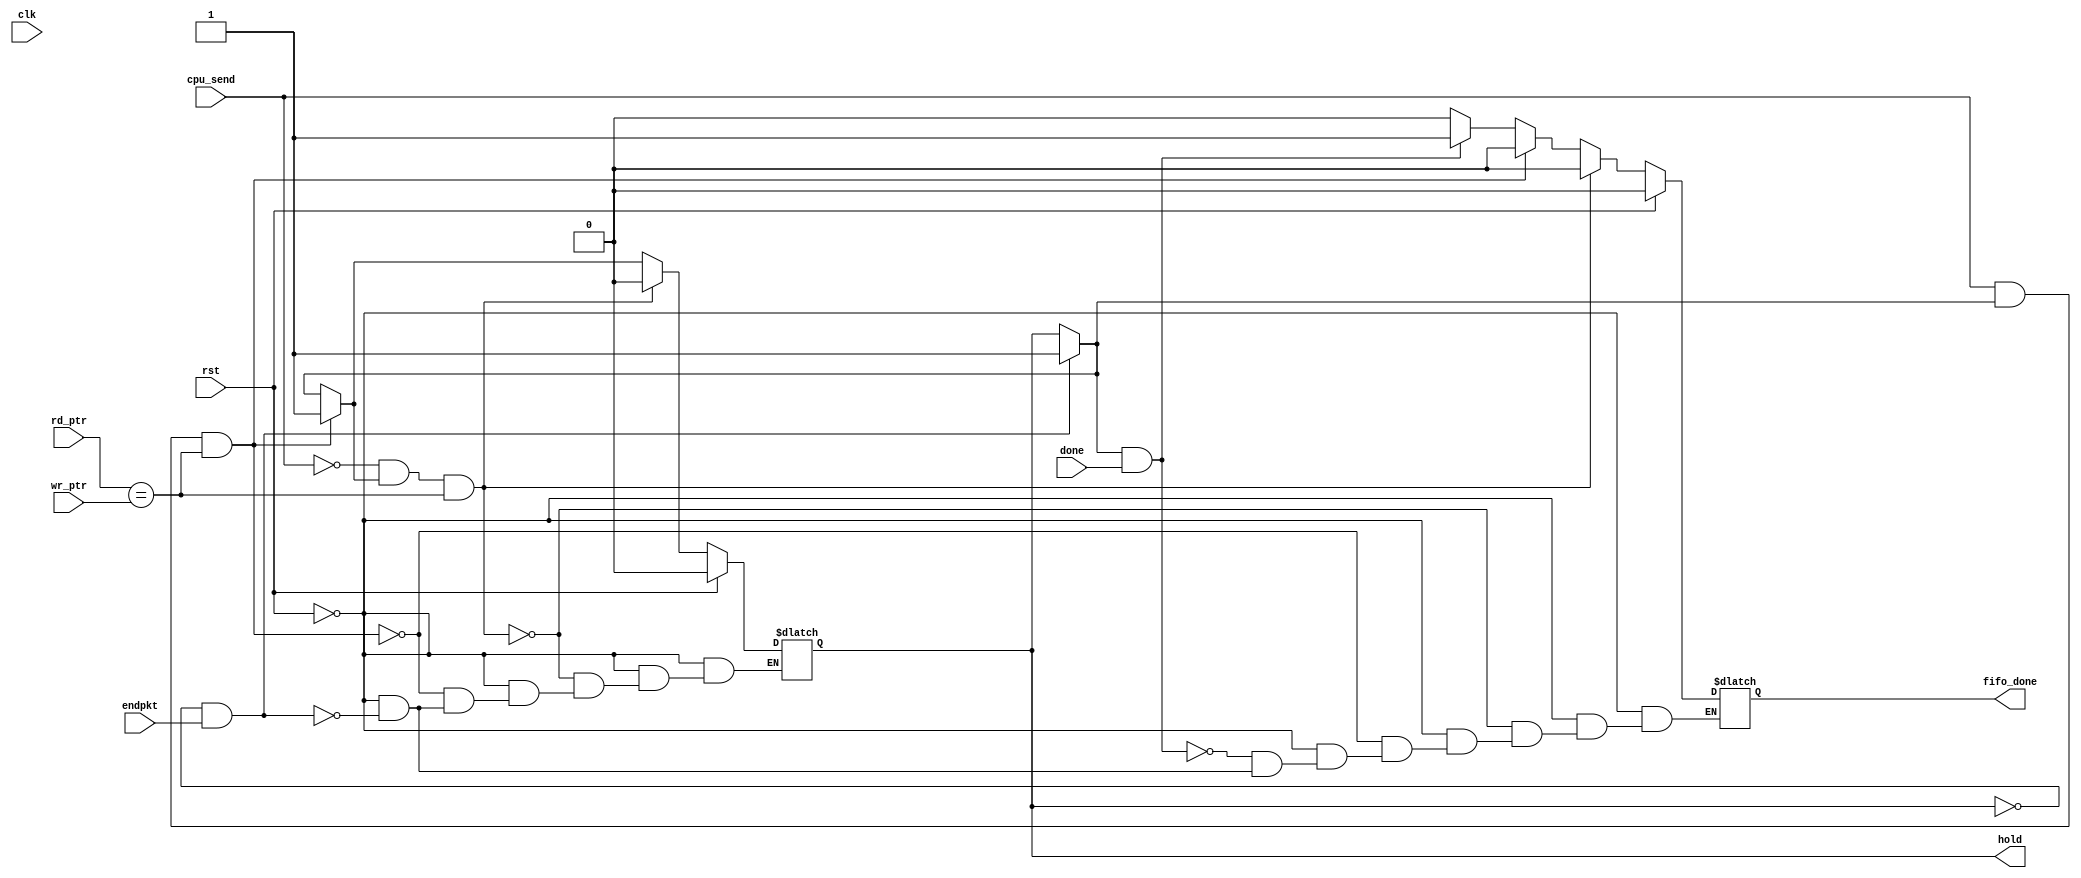
`timescale 1ns / 1ps
//////////////////////////////////////////////////////////////////////////////////
// Company: 
// Engineer: 
// 
// Design Name: 
// Module Name:    fifo_write_module 
// Project Name: 
// Target Devices: 
// Tool versions: 
// Description: 
//
// Dependencies: 
//
// Revision: 
// Revision 0.01 - File Created
// Additional Comments: 
//
//////////////////////////////////////////////////////////////////////////////////
module fifo_write_module(
		input endpkt,
		input done,
		input cpu_send,
		input [8:0] rd_ptr,
		input [8:0] wr_ptr,
		input clk,
		input rst,
		output hold,
		output fifo_done
    );
	 reg hold_out;
	 reg fifo_done_out;
	 wire fifo_empty;
	 assign hold = hold_out;
	 assign fifo_done = fifo_done_out;
	 assign fifo_empty = (rd_ptr == wr_ptr);

	always @(*)
	begin
			if (rst)
			begin
				hold_out = 0;
				fifo_done_out = 0;
			end
			else
			begin
				if (~hold_out & endpkt)begin
					hold_out = 1;
					fifo_done_out = 0;
				end
				if (hold_out & done)begin
					fifo_done_out = 1;
				end
				if (cpu_send & hold_out & fifo_empty)begin
					hold_out = 1;
					fifo_done_out = 0;
				end
				if (~cpu_send & hold_out & fifo_empty)begin
					hold_out = 0;
					fifo_done_out = 0;
				end
			end
	end

endmodule